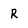
Character: R